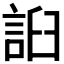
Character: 𧧖